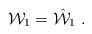
\begin{align*} {\cal W}_1= \hat{{\cal W}}_1 \ .\end{align*}